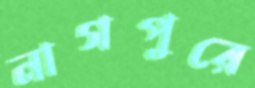
নাগপুরে